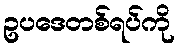
ဥပဒေတစ်ရပ်ကို